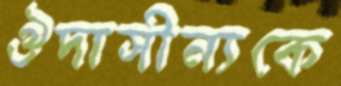
ঔদাসীন্যকে